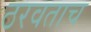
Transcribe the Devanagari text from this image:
ठरवताच